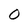
Character: 0